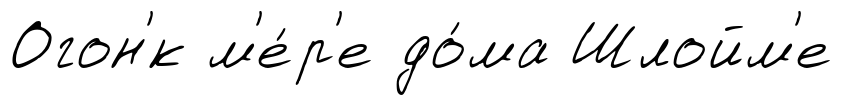
Огон'́к м'е́р'е до́ма Шлойм'е